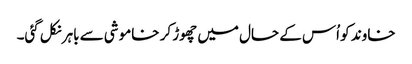
خاوند کو اُس کے حال میں چھوڑ کر خاموشی سے باہر نکل گئی۔